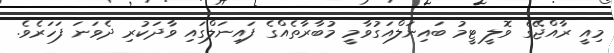
މިއީ ރާއްޖޭގެ ވޮލީ ޓީމު ބައިނަލްއަގުވާމީ މުބާރާތެއްގެ ފައިނަލްގައި ވާދަކުރި ދެވަނަ ފަހަރެވެ.